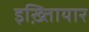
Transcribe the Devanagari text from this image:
इख़्तिायार